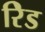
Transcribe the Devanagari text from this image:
रेिड